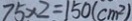
7 5 \times 2 = 1 5 0 ( c m ^ { 2 } )